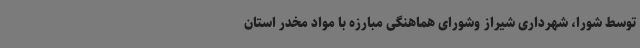
توسط شورا، شهرداری شیراز وشورای هماهنگی مبارزه با مواد مخدر استان